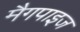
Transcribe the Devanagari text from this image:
मैगपाइज